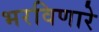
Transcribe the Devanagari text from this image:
भरविणारे